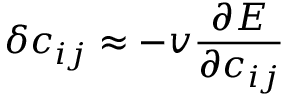
\delta c _ { i j } \approx - v \frac { \partial E } { \partial c _ { i j } }